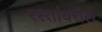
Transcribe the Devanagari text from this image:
रस्तांवरील